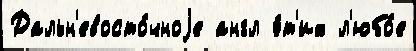
Дальн'евосто́чноjе англ э́т'их л'юбо́е